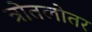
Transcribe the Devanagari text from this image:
त्रोतलोतर